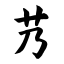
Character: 艿